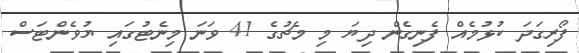
ފޯރިގަދަ ކުޅުމެއް ފެނިގެން ދިޔަ މި މެޗުގެ 41 ވަނަ މިނެޓުގައި ޔުވެންޓަސް